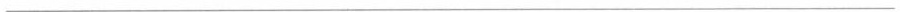
___